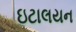
ઇટાલયન